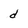
Character: d